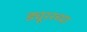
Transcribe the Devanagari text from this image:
ड्यूररच्या